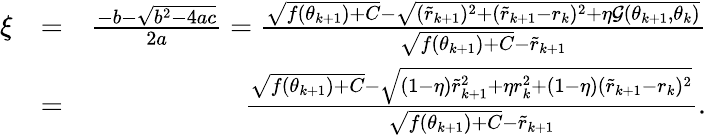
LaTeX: \begin{array}{rlr}{\xi}&{=}&{\frac{-b-\sqrt{b^{2}-4ac}}{2a}=\frac{\sqrt{f(\theta_{k+1})+C}-\sqrt{(\tilde{r}_{k+1})^{2}+(\tilde{r}_{k+1}-r_{k})^{2}+\eta\mathcal{G}(\theta_{k+1},\theta_{k})}}{\sqrt{f(\theta_{k+1})+C}-\tilde{r}_{k+1}}}\\ &{=}&{\frac{\sqrt{f(\theta_{k+1})+C}-\sqrt{(1-\eta)\tilde{r}_{k+1}^{2}+\eta r_{k}^{2}+(1-\eta)(\tilde{r}_{k+1}-r_{k})^{2}}}{\sqrt{f(\theta_{k+1})+C}-\tilde{r}_{k+1}}.}\end{array}